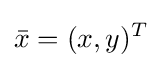
{\bar {x}}=(x,y)^{T}